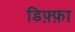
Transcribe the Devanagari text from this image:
डिफ़्फ़ा